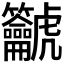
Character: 𪛔